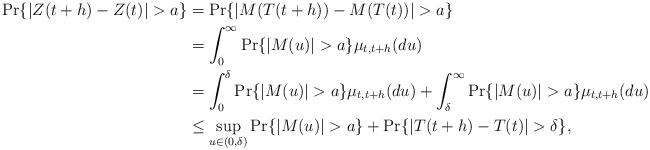
LaTeX: \begin{align*} \Pr \{|Z(t+h)-Z(t)|>a \}&= \Pr \{ |M(T(t+h))-M(T(t))|>a \}\\ &= \int _0 ^{\infty}\Pr \{ |M(u)|>a \} \mu _{t,t+h}(du)\\ &= \int _0^{\delta} \Pr \{ |M(u)|>a \} \mu _{t,t+h}(du)+ \int _{\delta}^{\infty} \Pr \{ |M(u)|>a \} \mu _{t,t+h}(du)\\ & \leq \sup _{u\in (0,\delta)}\Pr \{ |M(u)|>a \}+ \Pr \{ |T(t+h)-T(t)|>\delta \}, \end{align*}